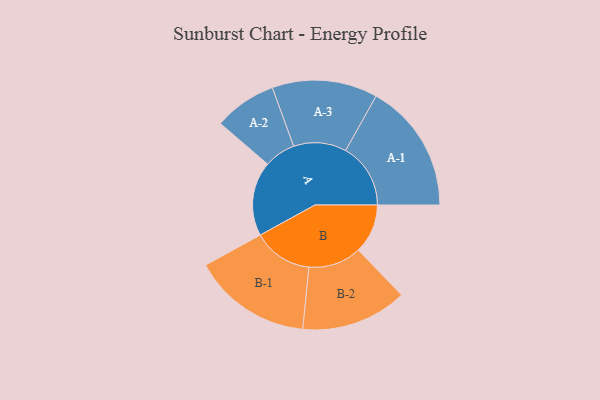
{"axis": {"x": "Segment", "y": "Value"}, "legend": ["", "A", "B"], "data": [{"x": "A", "y": 285, "type": ""}, {"x": "B", "y": 189, "type": ""}, {"x": "A-1", "y": 249, "type": "A"}, {"x": "A-2", "y": 120, "type": "A"}, {"x": "A-3", "y": 202, "type": "A"}, {"x": "B-1", "y": 228, "type": "B"}, {"x": "B-2", "y": 203, "type": "B"}]}